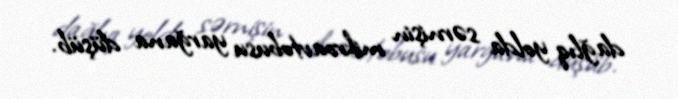
dağlıq yolda sərnişin mikroavtobusu yarğana düşüb.